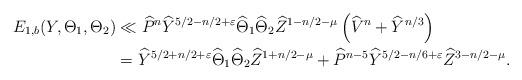
LaTeX: \begin{align*} E_{1,b}(Y, \Theta_1,\Theta_2) & \ll \widehat{P}^n \widehat{Y}^{5/2-n/2+\varepsilon}\widehat{\Theta}_1\widehat{\Theta}_2\widehat{Z}^{1-n/2-\mu}\left(\widehat{V}^n+\widehat{Y}^{n/3}\right)\\ &= \widehat{Y}^{5/2+n/2+\varepsilon}\widehat{\Theta}_1\widehat{\Theta}_2\widehat{Z}^{1+n/2-\mu}+\widehat{P}^{n-5}\widehat{Y}^{5/2-n/6+\varepsilon}\widehat{Z}^{3-n/2-\mu}.\end{align*}